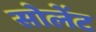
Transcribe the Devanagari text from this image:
सोलेंट